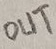
Text: OUT